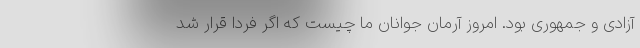
آزادی و جمهوری بود. امروز آرمان جوانان ما چیست که اگر فردا قرار شد